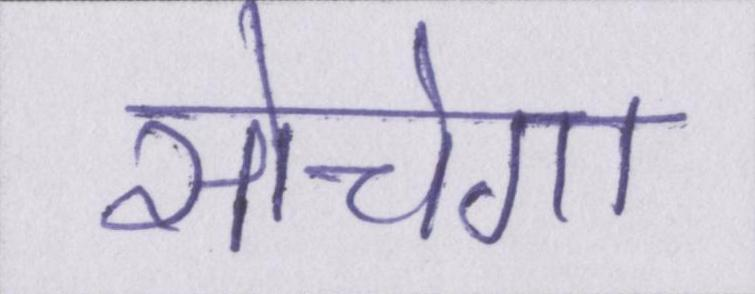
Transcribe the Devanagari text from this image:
सोचेगा